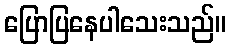
ပြောပြနေပါသေးသည်။